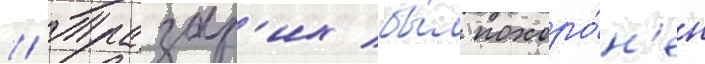
// Тразар'их бы́л похоро́н'ен